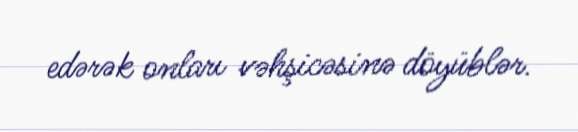
edərək onları vəhşicəsinə döyüblər.